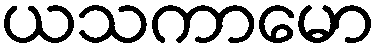
ယသကာမော